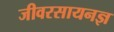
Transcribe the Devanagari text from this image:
जीवरसायनज्ञ